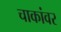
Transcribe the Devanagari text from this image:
चाकांवर